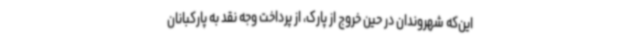
این‌که شهروندان در حین خروج از پارک، از پرداخت وجه نقد به پارکبانان